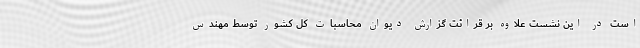
است در این نشست علاوه بر قرائت گزارش دیوان محاسبات کل کشور توسط مهندس